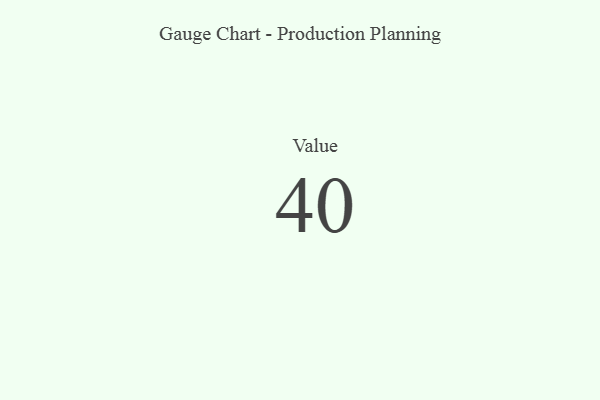
{"axis": {"x": "Metric", "y": "Value"}, "legend": [""], "data": [{"x": "Value", "y": 40, "type": ""}]}